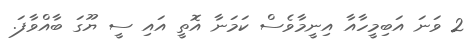
2 ވަނަ އަބިމީހާއާ އިނީމާވެސް ކަމަނާ އޮތީ އައި ސީ ޔޫގަ ބާއްވާފަ.